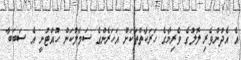
އެ އެދުންވެރި ލޮލުގެ ވެރިޔާގެ ހަރަކާތްތަކަށް އަހަރެންގެ ސަމާލުކަން ހުއްޓުނީ އެ ސަބަބާ